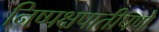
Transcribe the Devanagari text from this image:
निष्पक्षपातीपणे